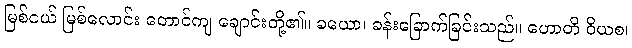
မြစ်ငယ် မြစ်လောင်း တောင်ကျ ချောင်းတို့၏။ ခယော၊ ခန်းခြောက်ခြင်းသည်။ ဟောတိ ဝိယစ၊